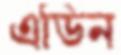
এডিন